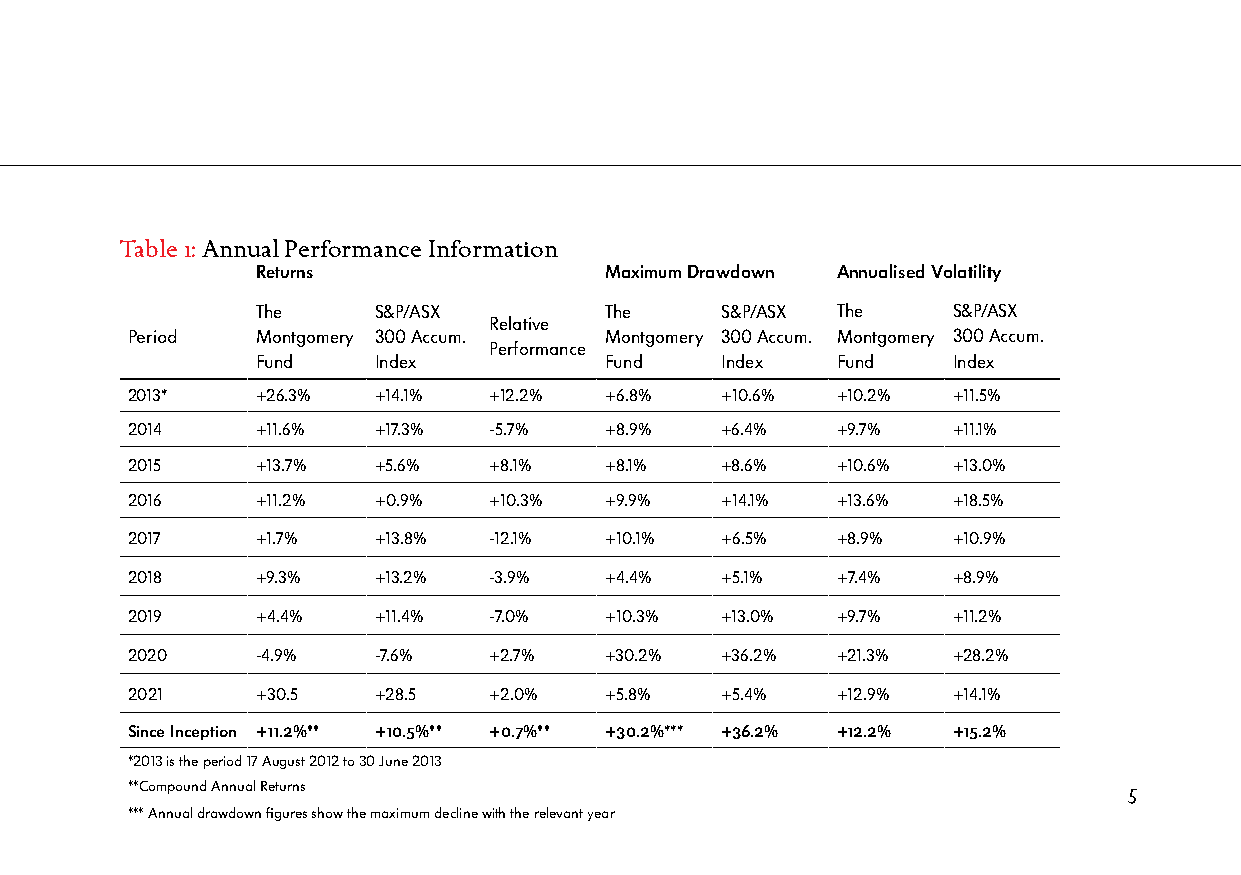
Table 1: Annual Performance Information
 Returns                Maximum Drawdown Annualised Volatility
 The     S&P/ASX        The     S&P/ASX The    S&P/ASX
 Relative
 Period   Montgomery 300 Accum.  Montgomery 300 Accum. Montgomery 300 Accum.
 Performance
 Fund    Index          Fund    Index  Fund    Index
 2013*    +26.3%  +14.1% +12.2%  +6.8%   +10.6% +10.2%  +11.5%
 2014     +11.6%  +17.3% -5.7%   +8.9%   +6.4%  +9.7%   +11.1%
 2015     +13.7%  +5.6%  +8.1%   +8.1%   +8.6%  +10.6%  +13.0%
 2016     +11.2%  +0.9%  +10.3%  +9.9%   +14.1% +13.6%  +18.5%
 2017     +1.7%   +13.8% -12.1%  +10.1%  +6.5%  +8.9%   +10.9%
 2018     +9.3%   +13.2% -3.9%   +4.4%   +5.1%  +7.4%   +8.9%
 2019     +4.4%   +11.4% -7.0%   +10.3%  +13.0% +9.7%   +11.2%
 2020     -4.9%   -7.6%  +2.7%   +30.2%  +36.2% +21.3%  +28.2%
 2021     +30.5   +28.5  +2.0%   +5.8%   +5.4%  +12.9%  +14.1%
 Since Inception +11.2%** +10.5%** +0.7%** +30.2%*** +36.2% +12.2% +15.2%
 *2013 is the period 17 August 2012 to 30 June 2013
 **Compound Annual Returns                                          5
 *** Annual drawdown figures show the maximum decline with the relevant year